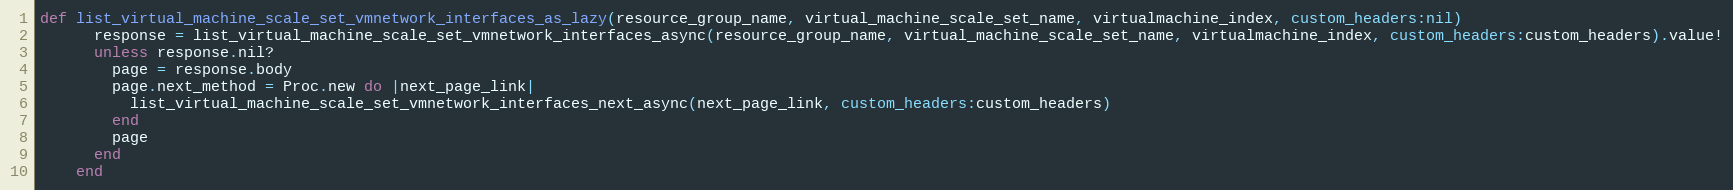
Language: Ruby
def list_virtual_machine_scale_set_vmnetwork_interfaces_as_lazy(resource_group_name, virtual_machine_scale_set_name, virtualmachine_index, custom_headers:nil)
      response = list_virtual_machine_scale_set_vmnetwork_interfaces_async(resource_group_name, virtual_machine_scale_set_name, virtualmachine_index, custom_headers:custom_headers).value!
      unless response.nil?
        page = response.body
        page.next_method = Proc.new do |next_page_link|
          list_virtual_machine_scale_set_vmnetwork_interfaces_next_async(next_page_link, custom_headers:custom_headers)
        end
        page
      end
    end